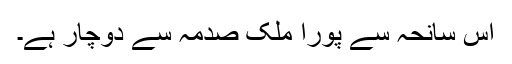
اس سانحہ سے پورا ملک صدمہ سے دوچار ہے۔